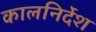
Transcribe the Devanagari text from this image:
कालनिर्देश